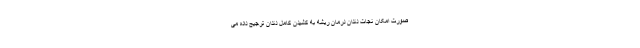
صورت امکان نجات دندان درمان ریشه به کشیدن کامل دندان ترجیح داده می